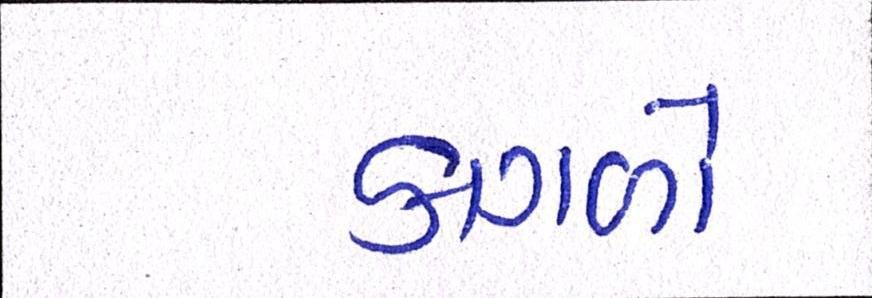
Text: કાગળો